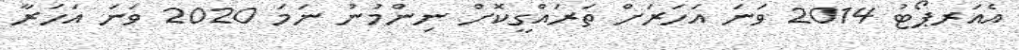
އެއަރޕޯޓު 2014 ވަނަ އަހަރަށް ތަރައްގީކޮށް ނިންމުނު ނަމަ 2020 ވަނަ އަހަރާ